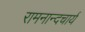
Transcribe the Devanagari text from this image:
रामनान्दचार्य